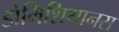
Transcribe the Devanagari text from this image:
डोमिशियानस